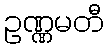
ဥဏ္ဏမတီ